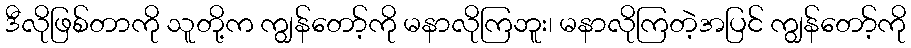
ဒီလိုဖြစ်တာကို သူတို့က ကျွန်တော့်ကို မနာလိုကြဘူး၊ မနာလိုကြတဲ့အပြင် ကျွန်တော့်ကို